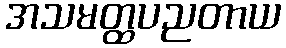
အသမတ္ထပညတာယ